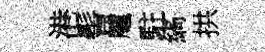
港髻艫駐縞拱